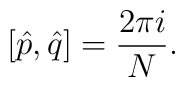
[\hat{p},\hat{q}] = \frac {2 \pi i}{N}.